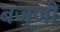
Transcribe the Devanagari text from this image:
बज्जी